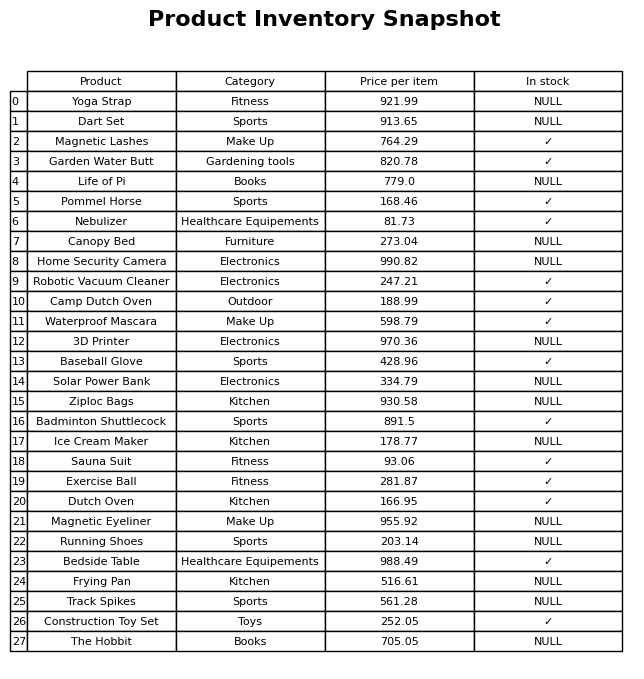
question: What is the price of the Dutch Oven?
answer: The price of Dutch Oven is 166.95.